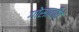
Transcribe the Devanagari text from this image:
गोसावींचे